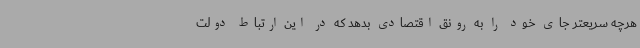
هرچه سریعتر جای خود را به رونق اقتصادی بدهد که در این ارتباط دولت